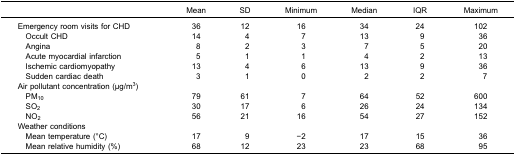
|  | Mean | SD | Minimum | Median | IQR | Maximum |
 | --- | --- | --- | --- | --- | --- | --- |
 | Emergency room visits for CHD | 36 | 12 | 16 | 34 | 24 | 102 |
 | Occult CHD | 14 | 4 | 7 | 13 | 9 | 36 |
 | Angina | 8 | 2 | 3 | 7 | 5 | 20 |
 | Acute myocardial infarction | 5 | 1 | 1 | 4 | 2 | 13 |
 | Ischemic cardiomyopathy | 13 | 4 | 6 | 13 | 9 | 36 |
 | Sudden cardiac death | 3 | 1 | 0 | 2 | 2 | 7 |
 | <COLSPAN=7> Air pollutant concentration (μg/m3) |
 | PM10 | 79 | 61 | 7 | 64 | 52 | 600 |
 | SO2 | 30 | 17 | 6 | 26 | 24 | 134 |
 | NO2 | 56 | 21 | 16 | 54 | 27 | 152 |
 | <COLSPAN=7> Weather conditions |
 | Mean temperature (°C) | 17 | 9 | −2 | 17 | 15 | 36 |
 | Mean relative humidity (%) | 68 | 12 | 23 | 23 | 68 | 95 |